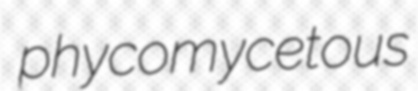
phycomycetous